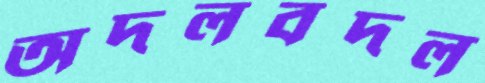
অদলবদল